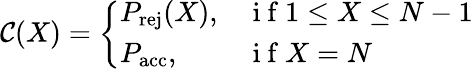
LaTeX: \begin{array}{r}{\mathcal{C}(X)=\left\{ \begin{array}{ll}{P_{\mathrm{rej}}(X),}&{\mathrm{~i~f~}1\leq X\leq N-1}\\ {P_{\mathrm{acc}},}&{\mathrm{~i~f~}X=N}\end{array}\right.}\end{array}